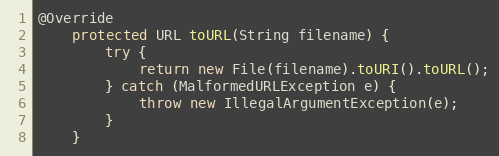
Language: Java
@Override
    protected URL toURL(String filename) {
        try {
            return new File(filename).toURI().toURL();
        } catch (MalformedURLException e) {
            throw new IllegalArgumentException(e);
        }
    }